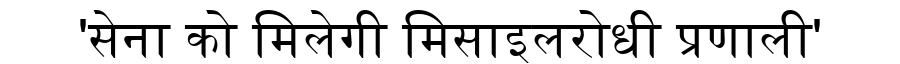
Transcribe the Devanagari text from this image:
'सेना को मिलेगी मिसाइलरोधी प्रणाली'